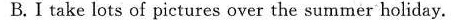
B.I take lots of pictures over the summer holiday.